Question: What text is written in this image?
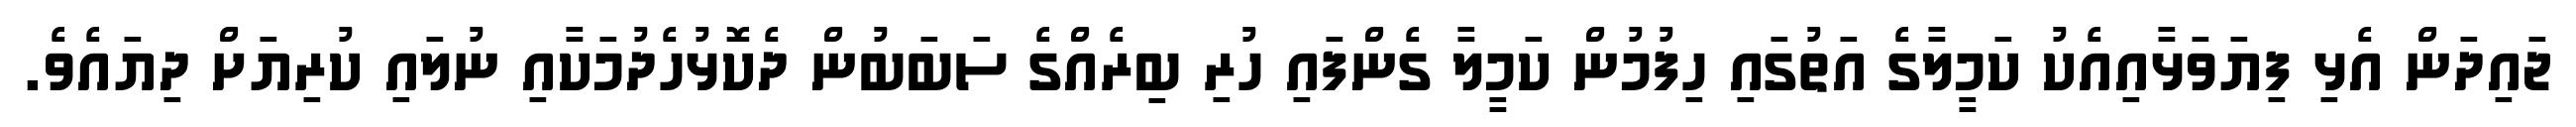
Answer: ޖައިދަން އެޅި ފިޔަވަޅާއިއެކު ކަމީލާގެ އަތުގައި ހިފުމުން ކަމީލާ ގެންފައި ހުރި ބިރެއްގެ ސަބަބުން ދެކޮޅުހެދުމަކާއި ނުލައި ކުރިޔަށް ދިޔައެވެ.